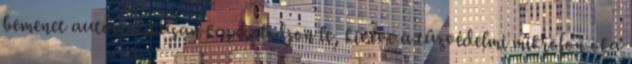
bemenet automatikusan kapcsolódjon le, kivéve a tûzvédelmi mikrofon oka